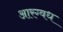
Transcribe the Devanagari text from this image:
आरग्वध